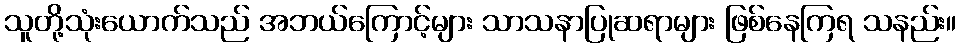
သူတို့သုံးယောက်သည် အဘယ်ကြောင့်များ သာသနာပြုဆရာများ ဖြစ်နေကြရ သနည်း။